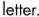
letter.